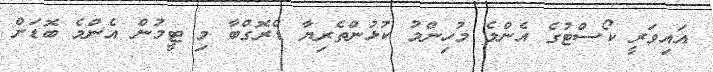
އައިވަރީ ކޯސްޓުގެ އެންމެ މުހިންމު ކުޅުންތެރިޔާ ޑްރޮގްބާ މި ޓީމުން އެންމެ ބޮޑަށް